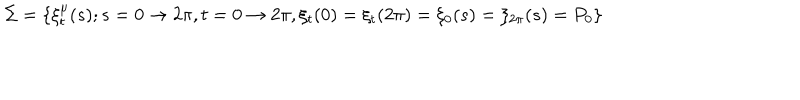
LaTeX: \Sigma = \{ \xi _ { t } ^ { \mu } ( s ) ; s = 0 \rightarrow 2 \pi , t = 0 \rightarrow 2 \pi , \xi _ { t } ( 0 ) = \xi _ { t } ( 2 \pi ) = \xi _ { 0 } ( s ) = \xi _ { 2 \pi } ( s ) = P _ { 0 } \}